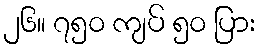
၂၆။ ၇၅၀ ကျပ် ၅၀ ပြား